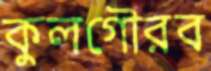
কুলগৌরব